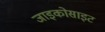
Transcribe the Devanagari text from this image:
जाइकोसाइट